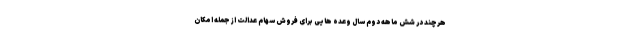
هرچند در شش ماهه دوم سال وعده هایی برای فروش سهام عدالت از جمله امکان